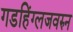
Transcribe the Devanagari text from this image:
गडहिंग्लजवरुन